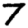
Digit: 7